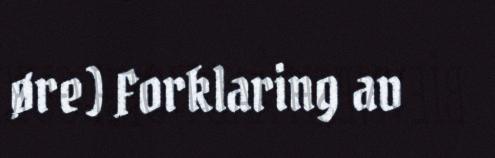
øre) Forklaring av